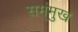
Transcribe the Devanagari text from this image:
सम्ंमुख